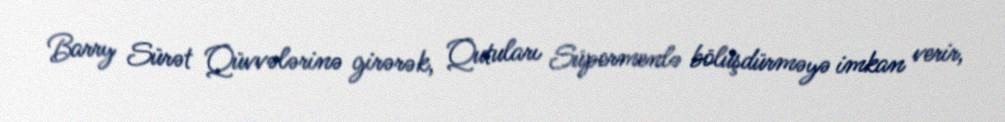
Barry Sürət Qüvvələrinə girərək, Qutuları Süpermenlə bölüşdürməyə imkan verir,